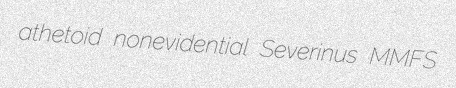
athetoid nonevidential Severinus MMFS